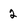
Character: 2